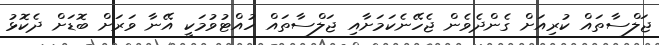
ޖަލްސާތައް ކުރިއަށް ގެންދެވެން ޖެހޭނެކަމަށާއި ޖަލްސާތައް ހުއްޓުވުމަކީ އޭނާ ވަރަށް ބޮޑަށް ދެކޮޅު